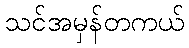
သင်အမှန်တကယ်